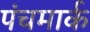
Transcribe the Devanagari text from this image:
पंचमार्क